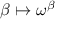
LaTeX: \beta \mapsto \omega ^ { \beta }